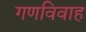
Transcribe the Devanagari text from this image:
गणविवाह